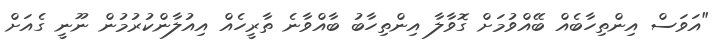
"އަވަސް އިންތިހާބެއް ބޭއްވުމަށް ގޮވާލާ އިންތިހާބު ބާއްވާނެ ތާރީހެއް އިއުލާންކުރުމުން ނޫނީ ގެއަށް